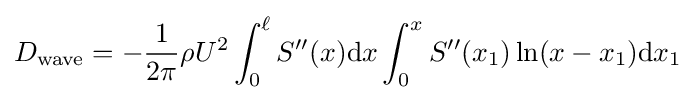
D_{\text{wave}}=-{\frac {1}{2\pi }}\rho U^{2}\int _{0}^{\ell }S''(x)\mathrm {d} x\int _{0}^{x}S''(x_{1})\ln(x-x_{1})\mathrm {d} x_{1}